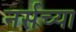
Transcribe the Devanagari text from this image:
नर्सच्या